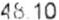
48.10